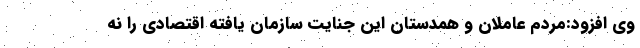
وی افزود:مردم عاملان و همدستان این جنایت سازمان یافته اقتصادی را نه